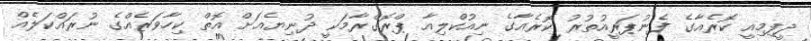
ދީފިމިއީ ކޮރެއާގެ ފެނުޕަރީއުތުރު ކޮރެއާގެ ނިއުކްލިއާ ޕްރޮގްރާމަކީ ދުނިޔެއަށް އޮތް ކިހާވަރެއްގެ ނުރައްކަލެއް